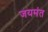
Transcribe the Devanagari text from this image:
जयमंत